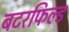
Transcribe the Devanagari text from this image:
बटरफिल्ड